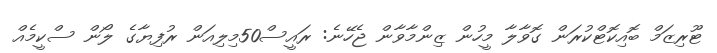
ޓޫރިޒަމް ބޮއިކޮޓްކުރަން ގޮވާލާ މީހުން ޒިންމާވާން ޖެހޭނެ: ރައީސް50މިލިއަން ރުފިޔާގެ ލޯން ސްކީމެއް